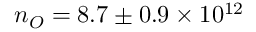
n _ { O } = 8 . 7 \pm 0 . 9 \times 1 0 ^ { 1 2 }